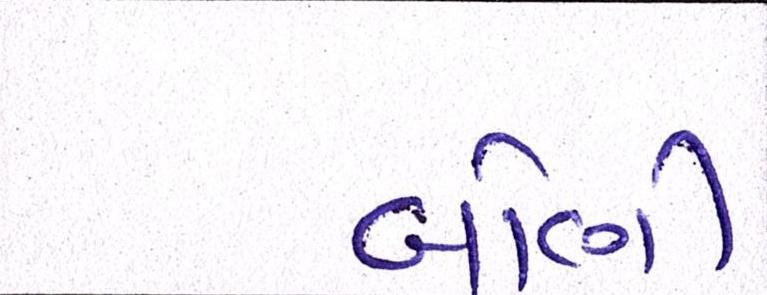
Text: બોણી